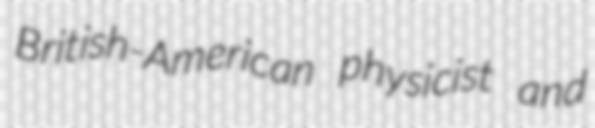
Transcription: British-American physicist and